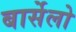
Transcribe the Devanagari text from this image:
बार्सेलो